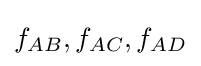
f_{AB},f_{AC},f_{AD}